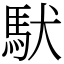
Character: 䭾